Memorandum on the prevention of leprosy by segregation of the affected
Disease focus: Leprosy
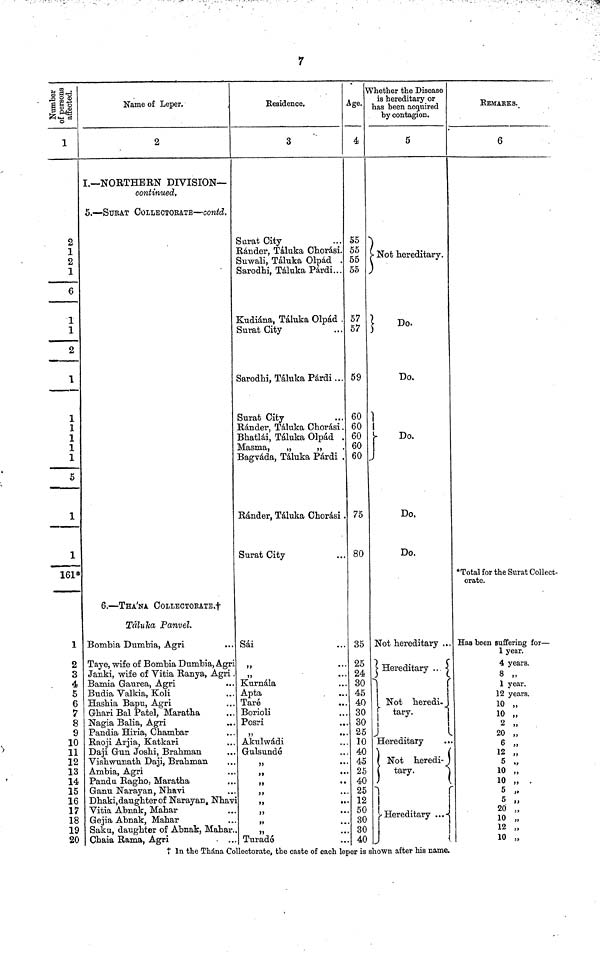
7
affected.
1
2
1
2
1
6
1
1
2
1
1
1
1
1
1
5
1
1
161*
1
2
3
4
5
6
7
8
9
10
11
12
13
14
15
16
17
18
19
20
Name of Leper
Name
of
Leper.
2
I.— NORTHERN DIVISION—
continued,
5. — SURAT COLLECTORATE — contd.
6. — THA'NA CoLLECTORATE.
Táluka Panvel.
Bombia Dumbia, Agri
Taye, wife of Bombia Dumbia, Agri
Janki, wife of Vitia Ranya, Agri
Bamia Gaurea, Agri
Budia Valkia, Koli
Hashia Bapu, Agri
Ghari Bal Patel, Maratha
Nagia Balia, Agri
Pandia Hiria, Chambar
Raoji Arjia, Katkari
Daji Gun Joshi, Brahman
Vishwunath Daji, Brahman
Ambia, Agri
Panda Ragho, Maratha
Ganu Narayan, Nhavi
Dhaki, daughter of Narayan, Nhav
Vitia Abnak, Mahar
Gejia Abnak, Mahar
Saku, daughter of Abnak, Mahar.
Chaia Rama, Agri
..
Residence,
3
Surat City
Render, Táluka Chorasi.
Suwali, Táluka Olpad .
Sarodhi, Táluka Párdi...
Kudiána, Táluka Olpad .
Surat City
Sarodhi, Táluka Párdi ...
Surat City
Rander, Táluka Chordsi .
Bhatlai, Táluka Olpad .
Masma,
"
"
Bagváda, Táluka Párdi .
Ránder, Táluka Chorasi .
Surat City
Sái
"
"
Kurnála
Apta
Tare
Borioli
Posri
"
Akulwádi
Gulsundá
"
..
"
..
"
Turadá
Age.
4
55
55
55
55
57
57
59
60
60
60
60
60
75
80
35
25
24
30
45
40
30
30
25
10
40
45
25
40
25
12
50
30
30
40
Whether the Disease
is hereditary or
has been acquired
by contagion.
5
Not hereditary.
Do.
Do.
Do.
Do,
Do.
Not hereditary
Horeditary
Not
heredi.
tary.
Hereditary
Not heredi-
tary.
Hereditary
..
REMARKS.
6
*Total for the Surat Collect-
orate.
Has been Buffering for —
1 year.
4 years.
8
1 year.
12 years.
10
10
2
20
6
12
5
10
10
5
5
20
10
12
10
In the Thána Collectorate, the caste of each leper is shown after his name.